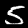
Digit: 5